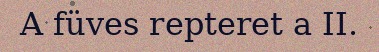
A füves repteret a II.